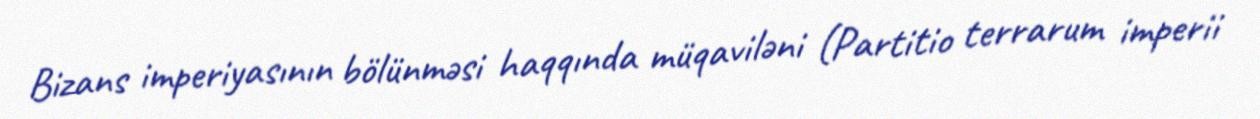
Bizans imperiyasının bölünməsi haqqında müqaviləni (Partitio terrarum imperii